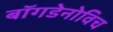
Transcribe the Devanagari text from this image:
बॉगडेनोविच